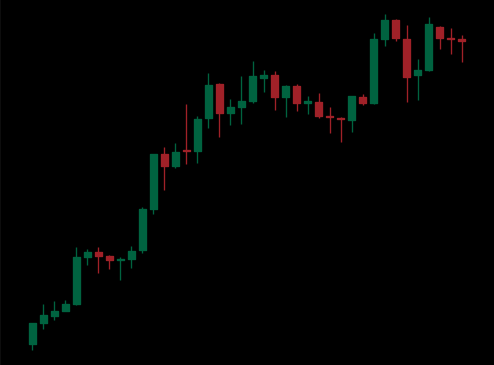
Pattern: unclassified